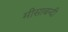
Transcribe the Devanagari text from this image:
मीसाबन्दी